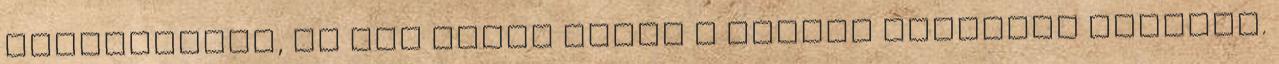
egyenesedem, és úgy nézek végig a szinte meztelen nejemen.